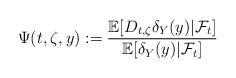
LaTeX: \begin{align*}\Psi(t,\zeta,y):= \frac{\mathbb{E}[D_{t,\zeta}\delta_Y(y)|\mathcal{F}_t]}{\mathbb{E}[\delta_Y(y)|\mathcal{F}_t]}\end{align*}